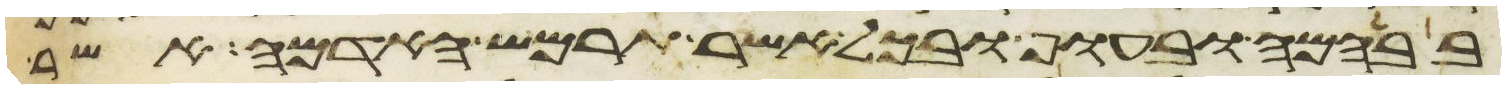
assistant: בבהמה ובעוף ובכל אשר תרמש האדמה אשר